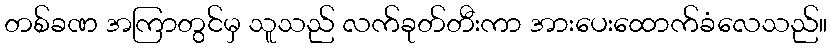
တစ်ခဏ အကြာတွင်မှ သူသည် လက်ခုတ်တီးကာ အားပေးထောက်ခံလေသည်။